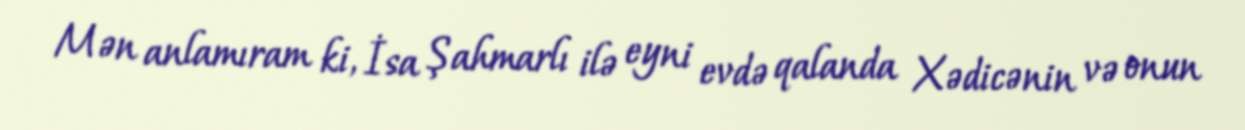
Mən anlamıram ki, İsa Şahmarlı ilə eyni evdə qalanda Xədicənin və onun